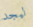
ليجد